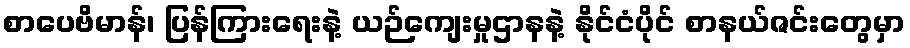
စာပေဗိမာန်၊ ပြန်ကြားရေးနဲ့ ယဉ်ကျေးမှုဌာနနဲ့ နိုင်ငံပိုင် စာနယ်ဇင်းတွေမှာ